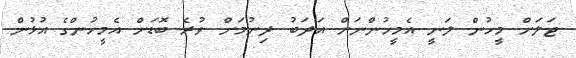
ޖަލަށް މީހުން ލަނީ އެމީހުންނަށް އަދަބު ދިނުމަށް ވުރެ ބޮޑަށް އެމީހުންގެ އުޅުން